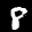
Label: 8